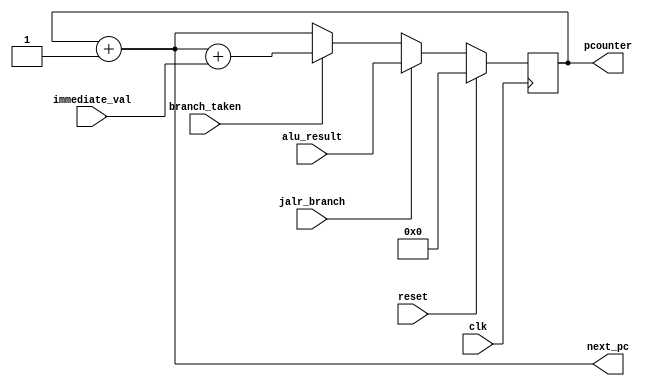
module pc_logic(
	input clk,
	input reset,
	input branch_taken,
	input jalr_branch,
	input [31:0] immediate_val,
	input [31:0] alu_result,
	output [31:0] pcounter,
	output [31:0] next_pc
);
	wire [31:0] next_branch_pc;
	assign next_pc = pc_ff + 32'd1;
	assign next_branch_pc = next_pc + immediate_val;
	
	reg [31:0] pc_ff ;
	always @(posedge clk)
	begin
		if (reset)
			pc_ff = 32'd0;
		else
			pc_ff = (jalr_branch)? alu_result : (branch_taken) ? next_branch_pc : next_pc ;
	end
	assign pcounter = pc_ff;
endmodule